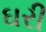
ઘરી